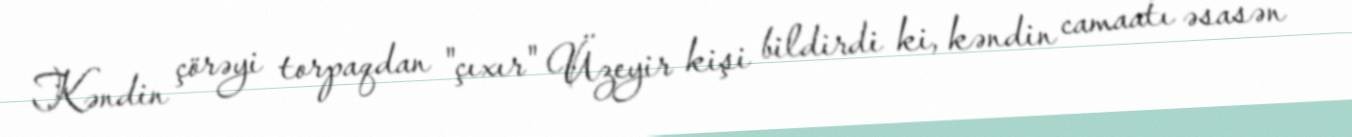
Kəndin çörəyi torpaqdan "çıxır" Üzeyir kişi bildirdi ki, kəndin camaatı əsasən